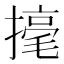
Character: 𢴅